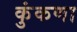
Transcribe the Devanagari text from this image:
कुंकणा